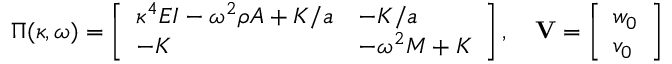
\boldsymbol { \Pi } ( \kappa , \omega ) = \left[ \begin{array} { l l } { \kappa ^ { 4 } E I - \omega ^ { 2 } \rho A + K / a } & { - K / a } \\ { - K } & { - \omega ^ { 2 } M + K } \end{array} \right] , \quad \mathbf { V } = \left[ \begin{array} { l } { w _ { 0 } } \\ { v _ { 0 } } \end{array} \right]